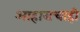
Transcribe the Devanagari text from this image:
आहाराचाही